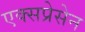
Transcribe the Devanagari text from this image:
एक्सप्रेसेन